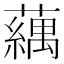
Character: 𬟍